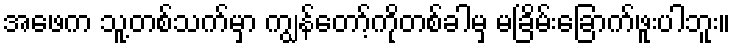
အဖေက သူ့တစ်သက်မှာ ကျွန်တော့်ကိုတစ်ခါမှ မခြိမ်းခြောက်ဖူးပါဘူး။